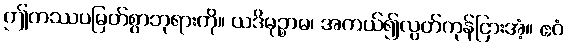
ဤကဿပမြတ်စွာဘုရားကို။ ယဒိမုဉ္စာမ၊ အကယ်၍လွတ်ကုန်ငြားအံ့။ ဧဝံ